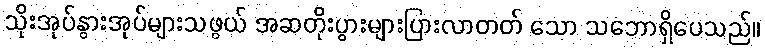
သိုးအုပ်နွားအုပ်များသဖွယ် အဆတိုးပွားများပြားလာတတ် သော သဘောရှိပေသည်။